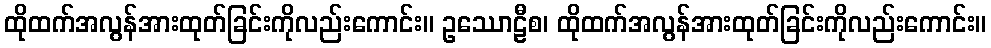
ထိုထက်အလွန်အားထုတ်ခြင်းကိုလည်းကောင်း။ ဥဿောဠီစ၊ ထိုထက်အလွန်အားထုတ်ခြင်းကိုလည်းကောင်း။